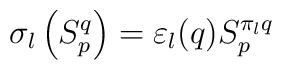
\sigma _{l}\left( S_{p}^{q}\right) =\varepsilon _{l}(q)S_{p}^{\pi _{l}q}